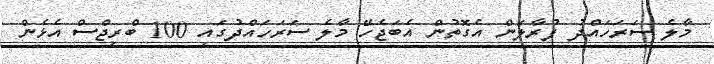
މާލެ ސަރަހަައްދު ފުރާލަން އެގޮތުން އެބަޖެހޭ މާލެ ސަރަހައްދުގައި 100 ބްރިޖްސް އެޅެން